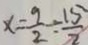
x = \frac { 9 } { 2 } \div \frac { 1 5 } { 2 }